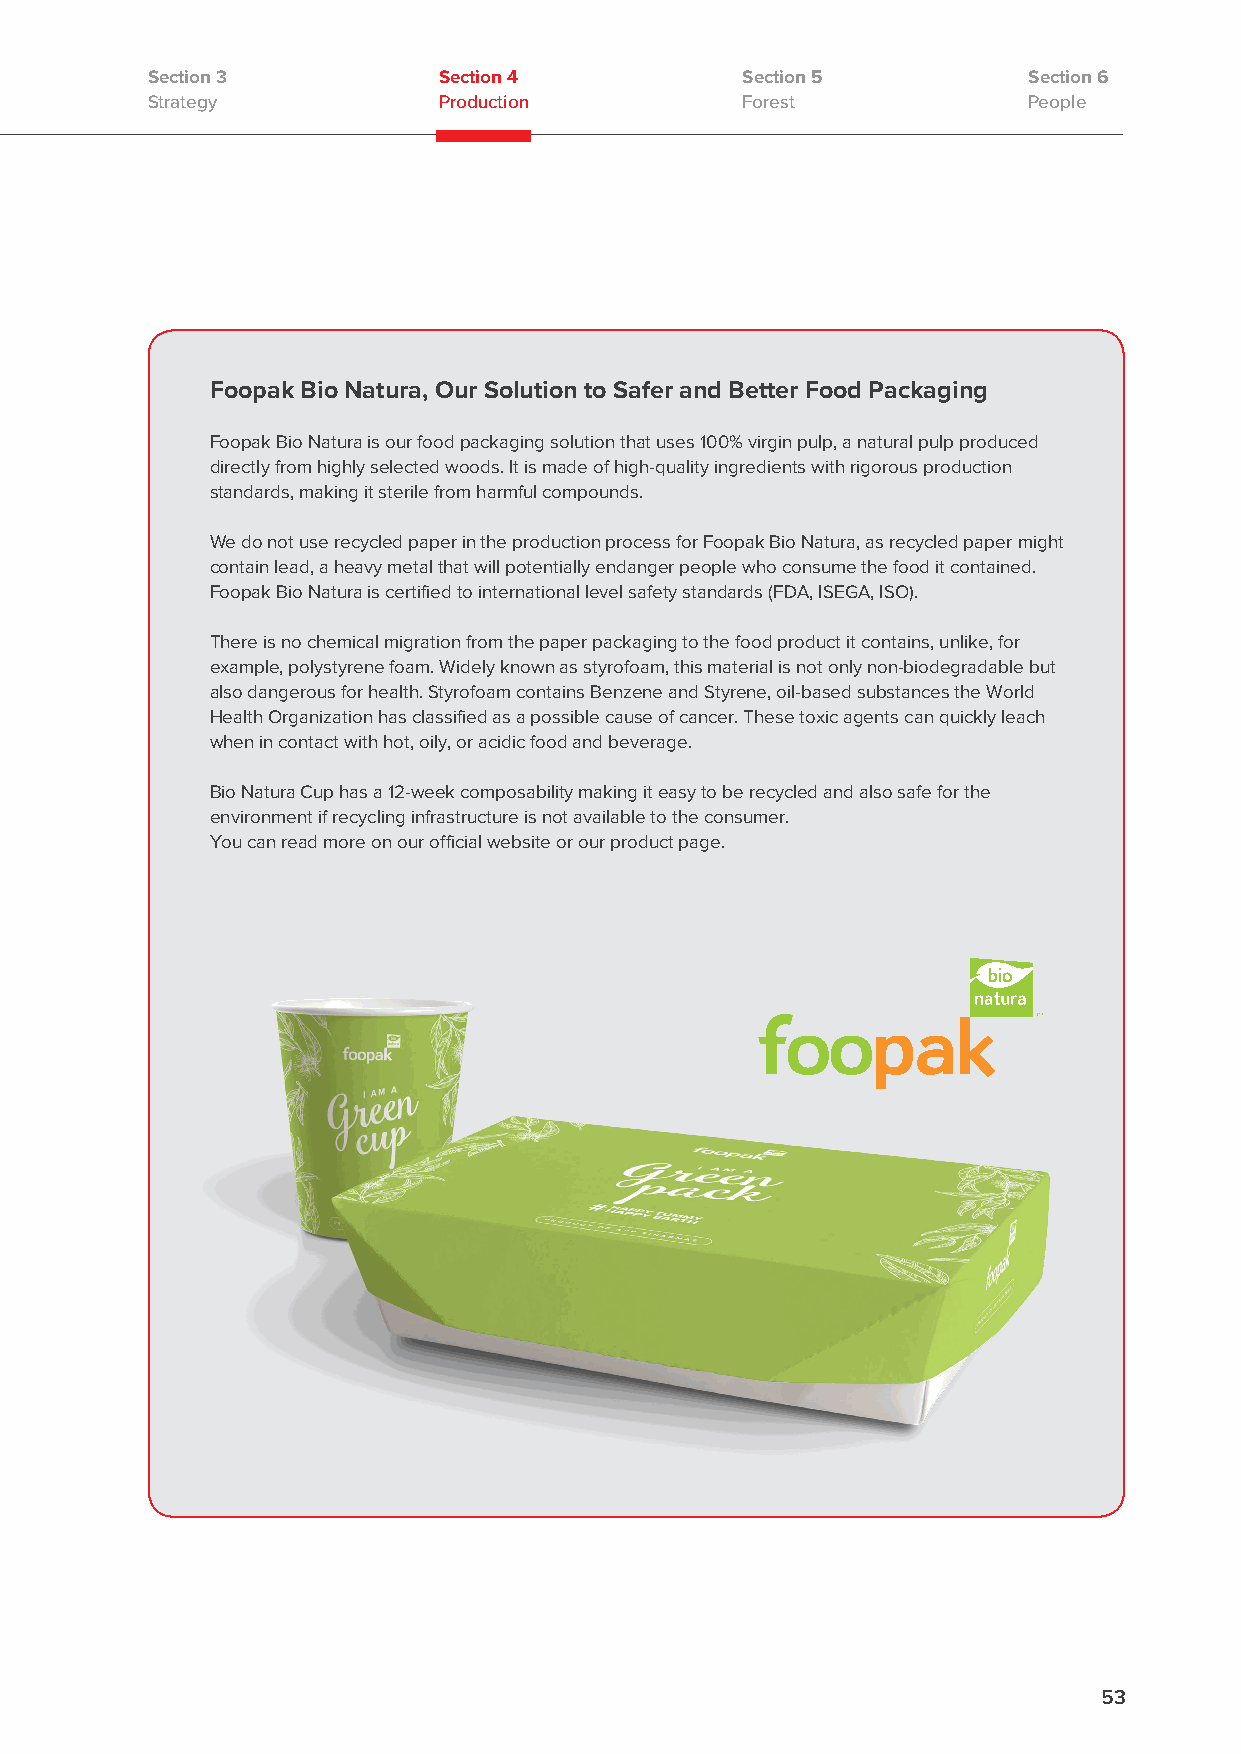
Section 3          Section 4           Section 5          Section 6
 Strategy           Production          Forest             People
 Foopak Bio Natura, Our Solution to Safer and Better Food Packaging
 Foopak Bio Natura is our food packaging solution that uses 100% virgin pulp, a natural pulp produced
 directly from highly selected woods. It is made of high-quality ingredients with rigorous production
 standards, making it sterile from harmful compounds.
 We do not use recycled paper in the production process for Foopak Bio Natura, as recycled paper might
 contain lead, a heavy metal that will potentially endanger people who consume the food it contained.
 Foopak Bio Natura is certified to international level safety standards (FDA, ISEGA, ISO).
 There is no chemical migration from the paper packaging to the food product it contains, unlike, for
 example, polystyrene foam. Widely known as styrofoam, this material is not only non-biodegradable but
 also dangerous for health. Styrofoam contains Benzene and Styrene, oil-based substances the World
 Health Organization has classified as a possible cause of cancer. These toxic agents can quickly leach
 when in contact with hot, oily, or acidic food and beverage.
 Bio Natura Cup has a 12-week composability making it easy to be recycled and also safe for the
 environment if recycling infrastructure is not available to the consumer.
 You can read more on our official website or our product page.
 53